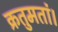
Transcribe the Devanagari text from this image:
क्रतुमतां।